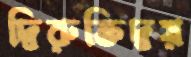
দ্বিরুক্তিদ্বয়